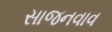
સાજનવાવ